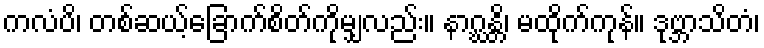
ကလံပိ၊ တစ်ဆယ့်ခြောက်စိတ်ကိုမျှလည်း။ နာဂ္ဃန္တိ၊ မထိုက်ကုန်။ ဒုဗ္ဘာသိတံ၊